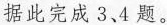
据此完成3、4题。